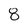
Character: 8